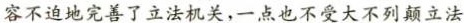
容不迫地完善了立法机关，一点也不受大不列颠立法